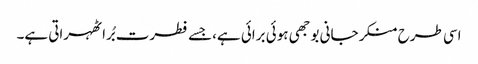
اسی طرح منکر جانی بوجھی ہوئی برائی ہے،جسے فطرت بُرا ٹھہراتی ہے۔